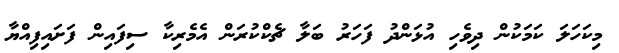
މިކަހަލަ ކަމަކުން ދިވެހި އުޅަންދު ފަހަރު ބަލާ ޗެކްކުރަން އެމެރިކާ ސިފައިން ފަށައިފިއްޔާ